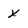
Character: x